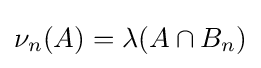
\nu _{n}(A)=\lambda (A\cap B_{n})